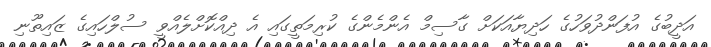
އަދީބުގެ އުފަންދުވަހުގެ ހަދިޔާއަކަށް ގާސިމް އެންމެންގެ ކުރިމަތީގައި އެ ދިއްކޮށްލެއްވީ ސުލްހައިގެ ޒައިތޫނި